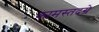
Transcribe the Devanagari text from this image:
कामस्तदग्रे